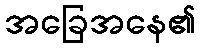
အခြေအနေ၏